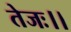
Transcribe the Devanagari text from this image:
तेजः।।